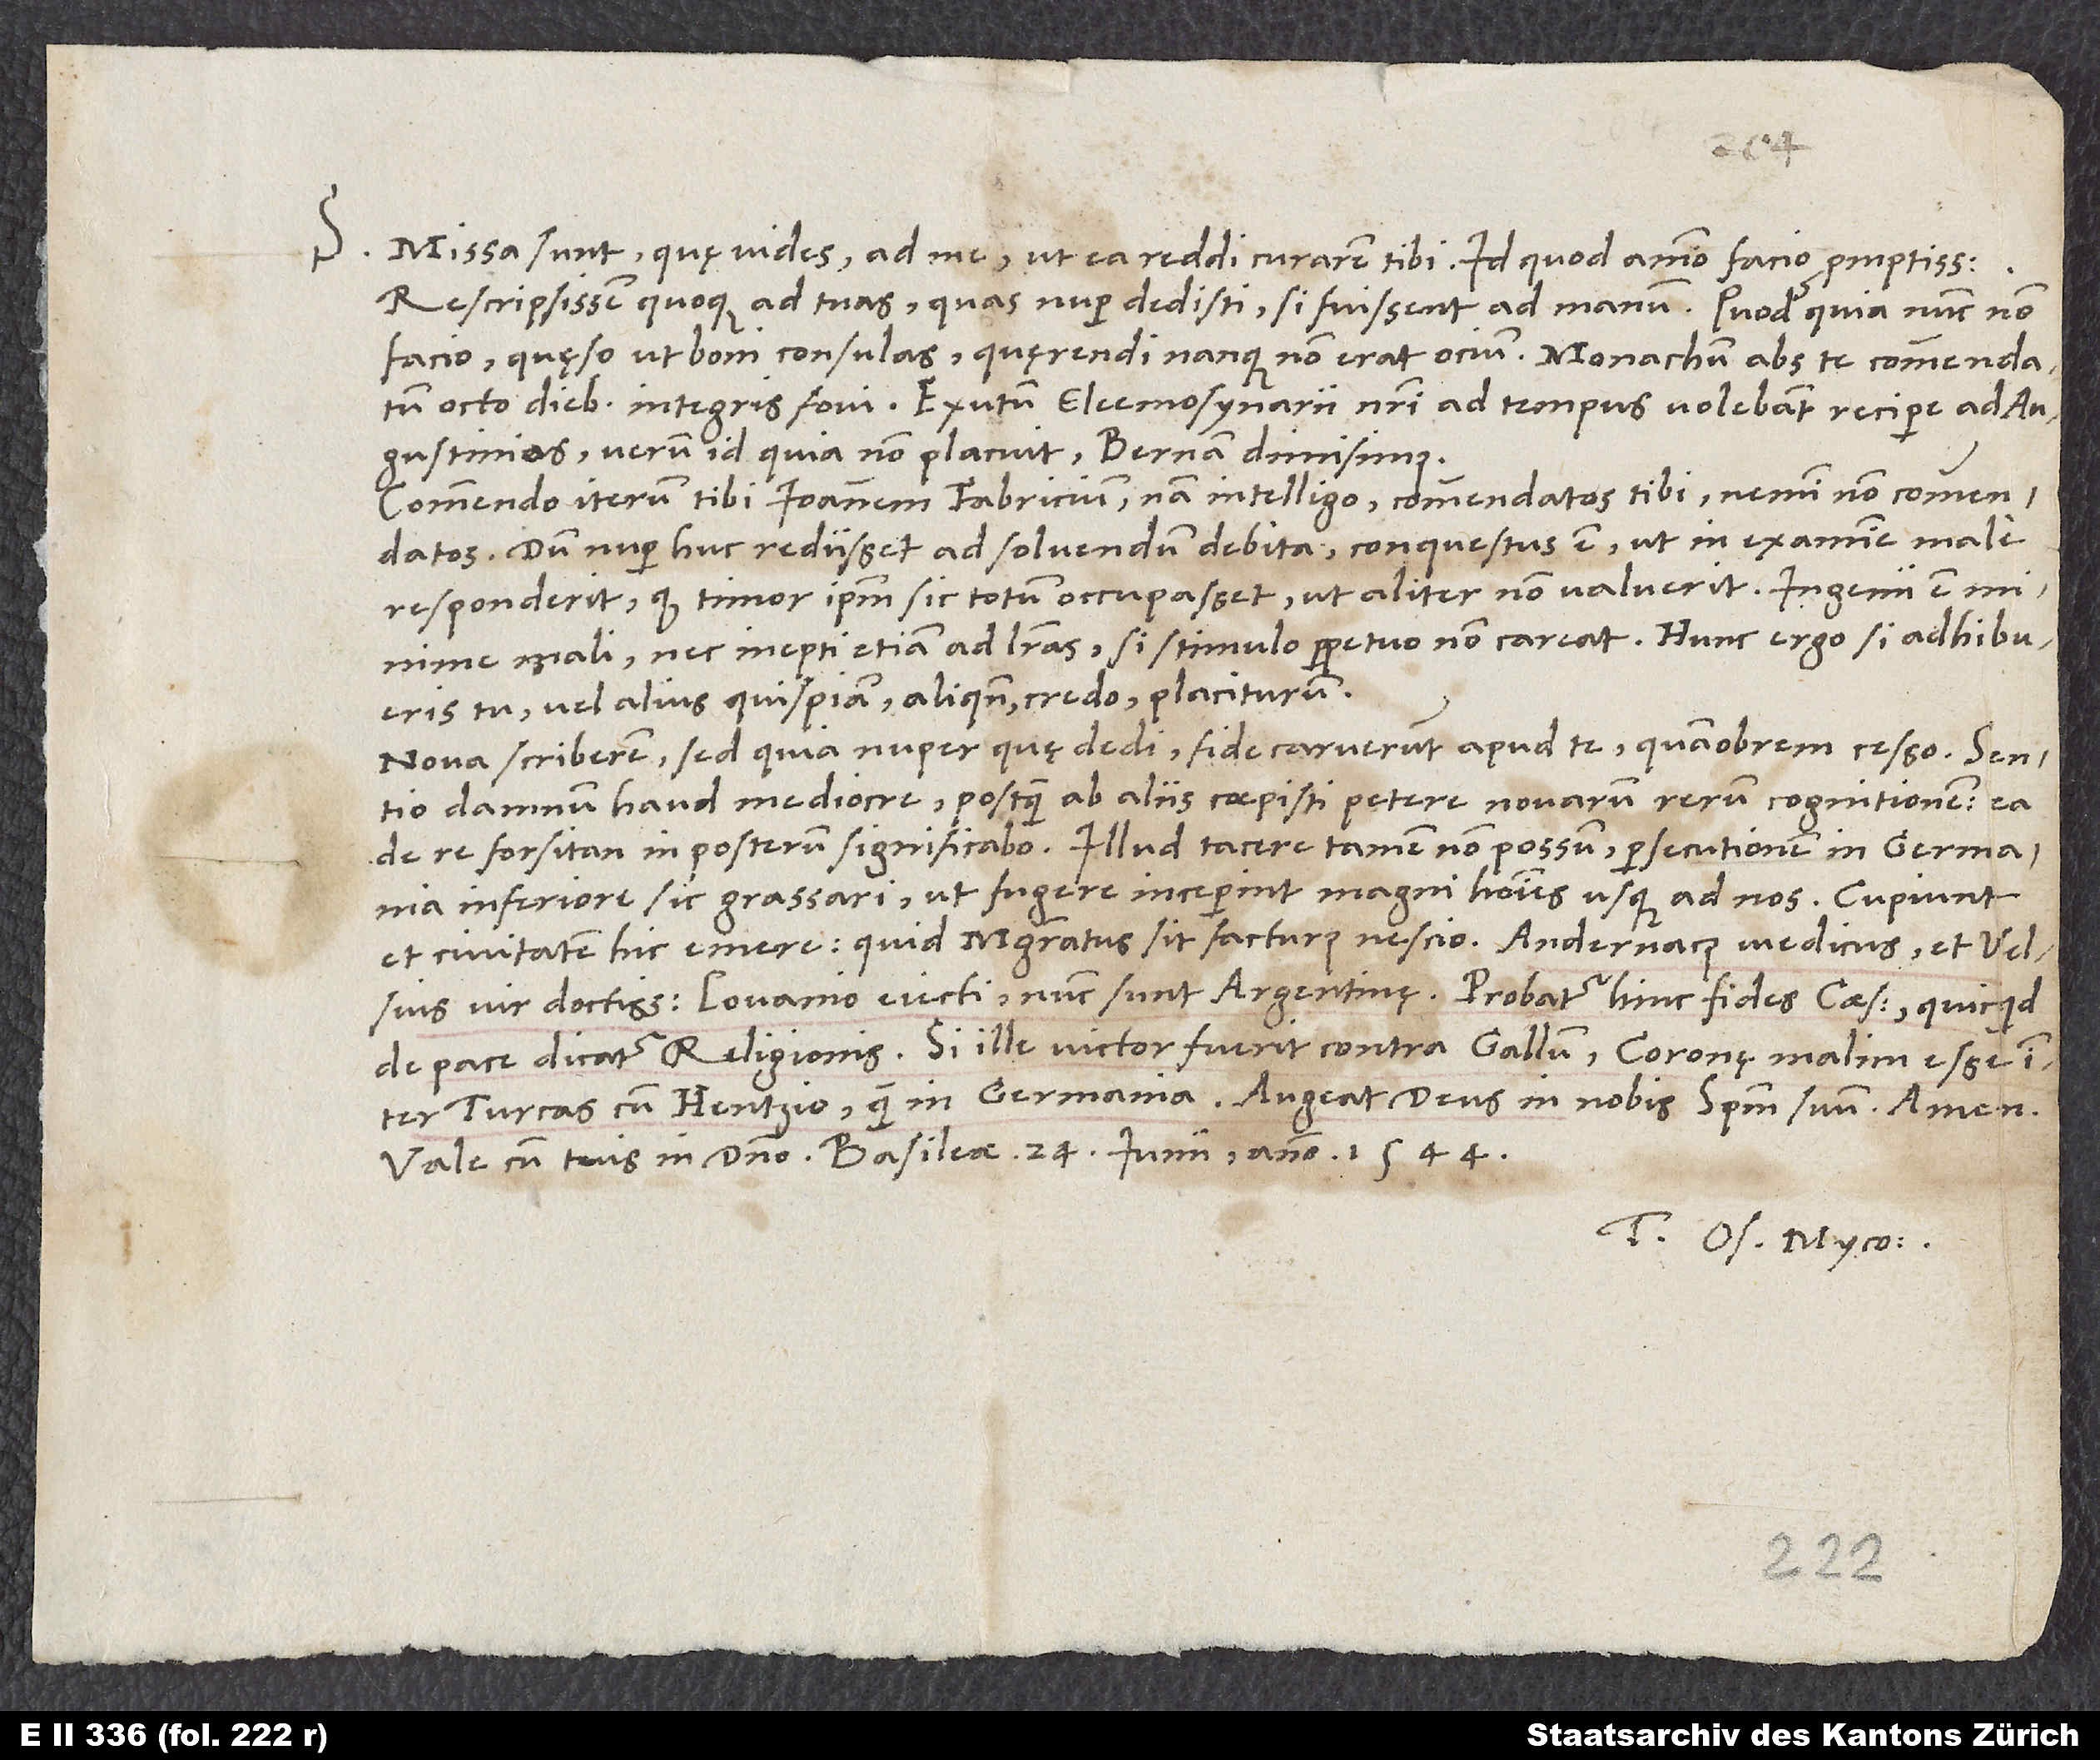
S.

1544.
Missa sunt, quę vides, ad me, ut ea reddi curarem tibi, id quod animo facio promptissimo.
Rescripsissem quoque ad tuas, quas nuper dedisti, si fuissent ad manum. Quod quia nunc non
octo diebus integris fovi. Exutum eleemosynarii nostri ad tempus volebant recipere ad
Augustinios; verum id quia non placuit, Bernam dimisimus.
Commendo iterum tibi Ioannem Fabricium, nam intelligo commendatos tibi nemini non commendatos.
Dum nuper huc rediisset ad solvendum debita, conquestus est, ut in examine male
responderit, quod timor ipsum sic totum occupasset, ut aliter non valuerit. Ingenii est minime
mali nec inepti etiam ad literas, si stimulo perpetuo non careat. Hunc ergo si adhibueris
tu vel alius quispiam, aliquando credo placiturum.
Nova scriberem, sed quia nuper, quę dedi, fide caruerunt apud te, quamobrem cesso. Sentio
damnum haud mediocre, postquam ab aliis coepisti petere novarum rerum cognitionem. Ea
Inferiore sic grassari, ut fugere inceperint magni homines usque ad nos. Cupiunt
et civitatem hic emere. Quid magistratus sit facturus, nescio. Andernacus medicus et Velsius,
vir doctissimus, Lovanio eiecti nunc sunt Argentinę. Probatur hinc fides caesaris, quicquid
de pace dicatur religionis. Si ille victor fuerit contra Gallum, Coronę malim esse inter
Turcas cum Hentzio quam in Germania. Augeat deus in nobis spiritum suum. Amen.
Tuus Os. Myco.